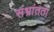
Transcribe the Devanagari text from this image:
संभ्रांतता